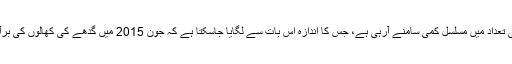
بھارت اور پاکستان میں گدھوں کی آبادی کافی زیادہ ہے، تاہم پاکستان میں ان کی تعداد میں مسلسل کمی سامنے آرہی ہے، جس کا اندازہ اس بات سے لگایا جاسکتا ہے کہ جون 2015 میں گدھے کی کھالوں کی برآمدات 44 ملین روپے تھیں جو اب بڑھ کر 135 ملین روپے تک پہنچ چکی ہیں۔